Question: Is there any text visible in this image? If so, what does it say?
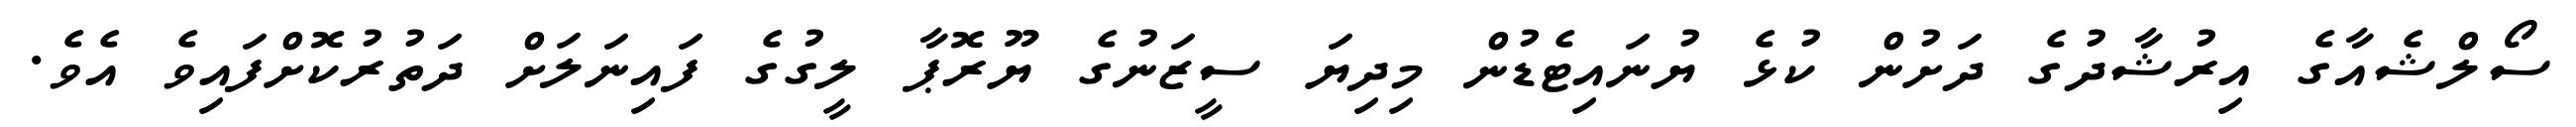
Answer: ސޯލްޝެއާގެ އިރުޝާދުގެ ދަށުން ކުޅެ ޔުނައިޓެޑުން މިދިޔަ ސީޒަނުގެ ޔޫރޮޕާ ލީގުގެ ފައިނަލަށް ދަތުރުކޮށްފައިވެ އެވެ.